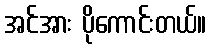
အင်အား ပိုကောင်းတယ်။